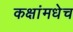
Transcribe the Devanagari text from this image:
कक्षांमधेच